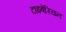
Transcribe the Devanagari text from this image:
टाइबेरियन